Notes on vaccination in the North-West Frontier Province 1923-1928 - 1923-1928
Year: 1923
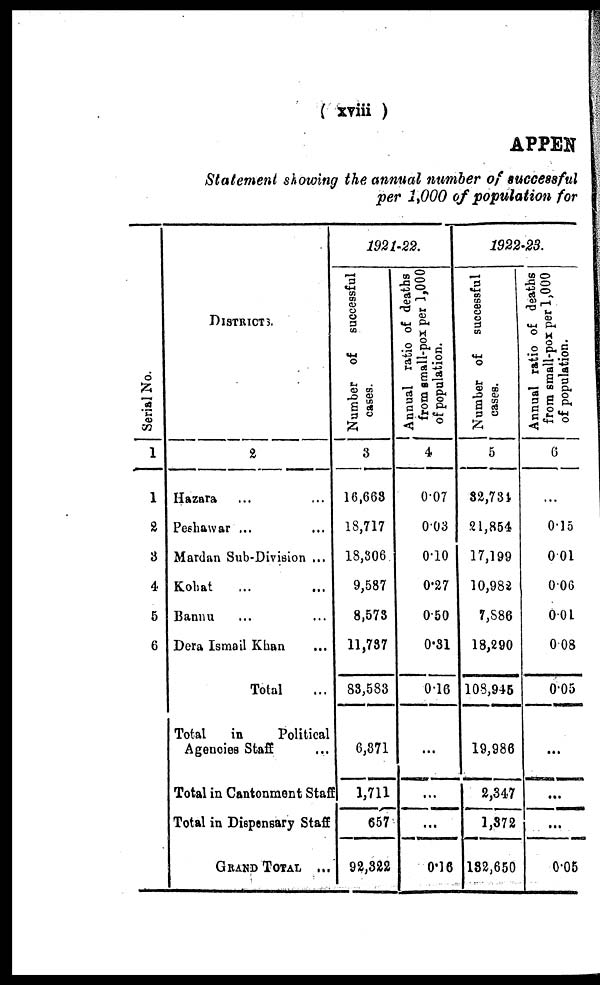
( xviii )
APPEN
Statement showing the annual number of successful
per 1,000 of population for
Serial No.
1
1
2
3
4
5
6
DISTRICTS.
2
Hazara ... ...
Peshawar ... ...
Mardan Sub-Division ...
Kohat ... ...
Bannu ... ...
Dera Ismail Khan ...
Total ...
Total
in
Political
Agencies Staff ...
Total in Cantonment Staff
Total in Dispensary Staff
GRAND TOTAL ...
1921-22.
Number of
successful
cases.
3
16,663
18,717
18,306
9,587
8,573
11,737
83,583
6,371
1,711
657
92,322
Annual ratio of deaths
from small-pox per 1,000
of population.
4
0.07
0.03
0.10
0.27
0.50
0.31
0.16
...
...
...
0.16
1922-23.
Number of successful
cases.
5
32,734
21,854
17,199
10,982
7,886
18,290
108,945
19,986
2,347
1,372
182,650
Annual ratio of deaths
from small-pox per 1,000
of population.
6
...
0.15
0.01
0.06
0.01
0.08
0.05
...
...
...
0.05